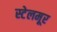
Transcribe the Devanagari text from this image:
स्टेलमूर